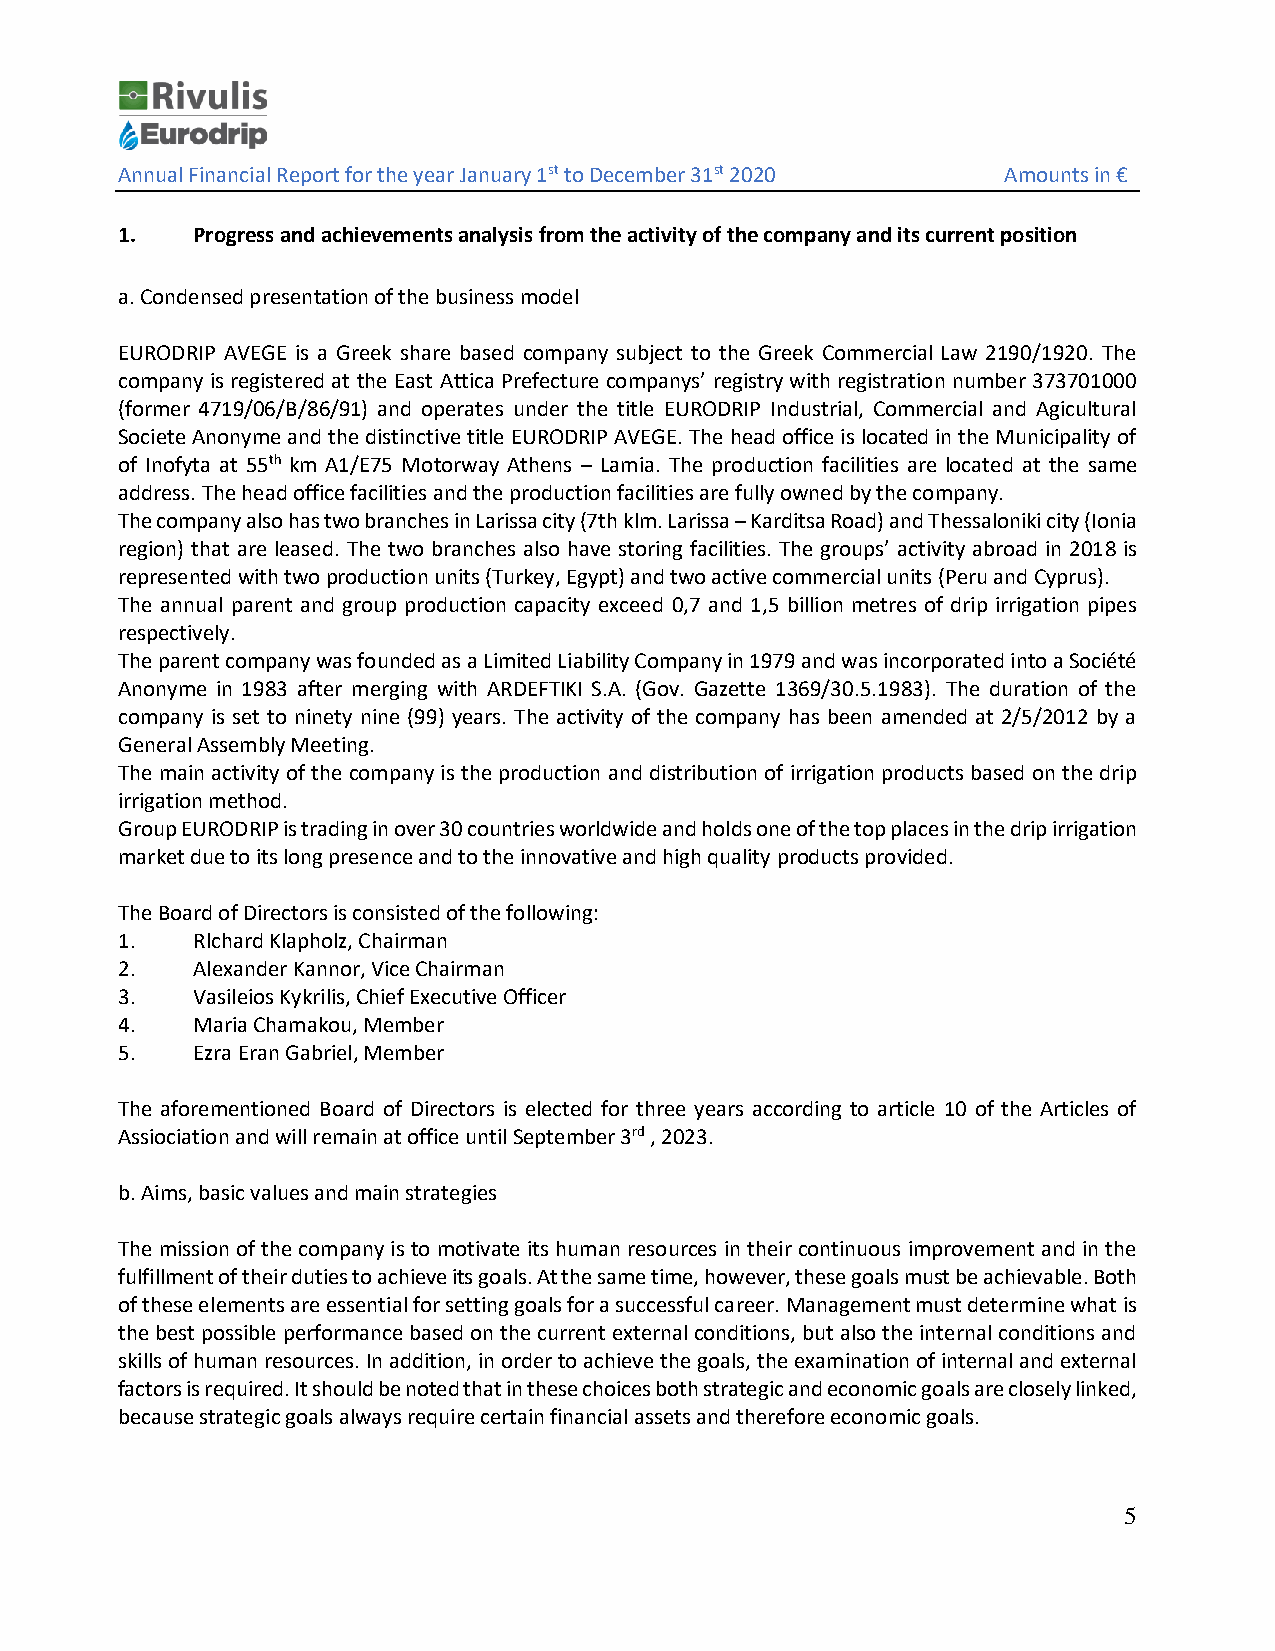
Annual Financial Report for the year January 1st to December 31st 2020 Amounts in €
 1.   Progress and achievements analysis from the activity of the company and its current position
 a. Condensed presentation of the business model
 EURODRIP AVEGE is a Greek share based company subject to the Greek Commercial Law 2190/1920. The
 company is registered at the East Attica Prefecture companys’ registry with registration number 373701000
 (former 4719/06/Β/86/91) and operates under the title EURODRIP Industrial, Commercial and Agicultural
 Societe Anonyme and the distinctive title EURODRIP AVEGE. The head office is located in the Municipality of
 of Inofyta at 55th km A1/E75 Motorway Athens – Lamia. The production facilities are located at the same
 address. The head office facilities and the production facilities are fully owned by the company.
 The company also has two branches in Larissa city (7th klm. Larissa – Karditsa Road) and Thessaloniki city (Ionia
 region) that are leased. The two branches also have storing facilities. The groups’ activity abroad in 2018 is
 represented with two production units (Turkey, Egypt) and two active commercial units (Peru and Cyprus).
 The annual parent and group production capacity exceed 0,7 and 1,5 billion metres of drip irrigation pipes
 respectively.
 The parent company was founded as a Limited Liability Company in 1979 and was incorporated into a Société
 Anonyme in 1983 after merging with ARDEFTIKI S.A. (Gov. Gazette 1369/30.5.1983). The duration of the
 company is set to ninety nine (99) years. The activity of the company has been amended at 2/5/2012 by a
 General Assembly Meeting.
 The main activity of the company is the production and distribution of irrigation products based on the drip
 irrigation method.
 Group EURODRIP is trading in over 30 countries worldwide and holds one of the top places in the drip irrigation
 market due to its long presence and to the innovative and high quality products provided.
 The Board of Directors is consisted of the following:
 1.   Rlchard Klapholz, Chairman
 2.   Alexander Kannor, Vice Chairman
 3.   Vasileios Kykrilis, Chief Executive Officer
 4.   Maria Chamakou, Member
 5.   Ezra Eran Gabriel, Member
 The aforementioned Board of Directors is elected for three years according to article 10 of the Articles of
 Assiociation and will remain at office until September 3rd , 2023.
 b. Aims, basic values and main strategies
 The mission of the company is to motivate its human resources in their continuous improvement and in the
 fulfillment of their duties to achieve its goals. At the same time, however, these goals must be achievable. Both
 of these elements are essential for setting goals for a successful career. Management must determine what is
 the best possible performance based on the current external conditions, but also the internal conditions and
 skills of human resources. In addition, in order to achieve the goals, the examination of internal and external
 factors is required. It should be noted that in these choices both strategic and economic goals are closely linked,
 because strategic goals always require certain financial assets and therefore economic goals.
 5